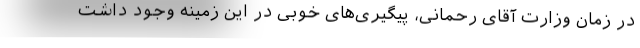
در زمان وزارت آقای رحمانی، پیگیری‌های خوبی در این زمینه وجود داشت